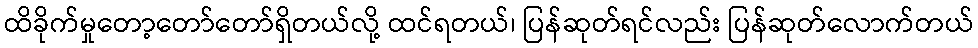
ထိခိုက်မှုတော့တော်တော်ရှိတယ်လို့ ထင်ရတယ်၊ ပြန်ဆုတ်ရင်လည်း ပြန်ဆုတ်လောက်တယ်